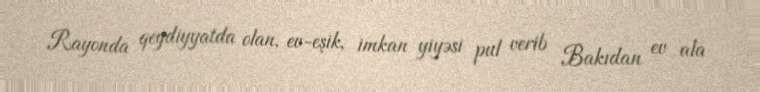
Rayonda qeydiyyatda olan, ev-eşik, imkan yiyəsi pul verib Bakıdan ev ala